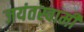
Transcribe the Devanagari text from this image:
जयंतस्वामी